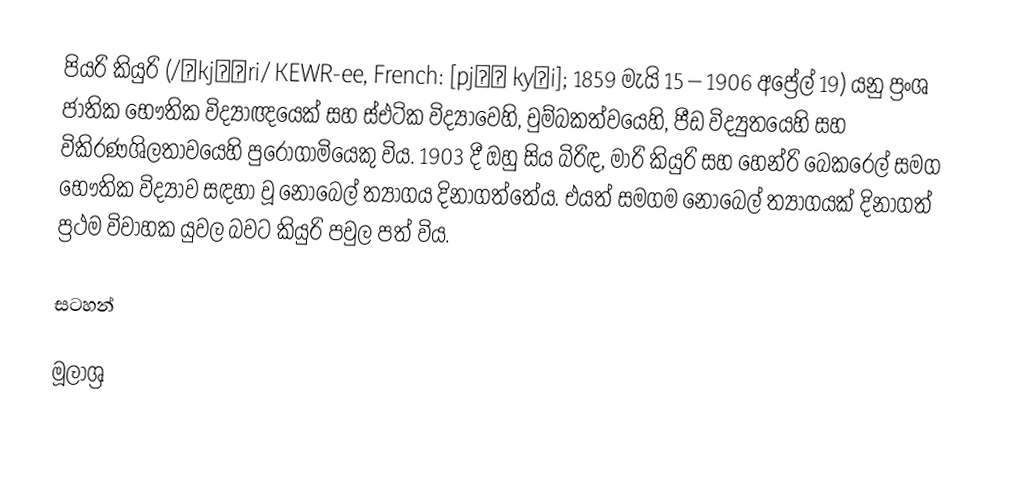
පියරි කියුරි (/ˈkjʊəri/ KEWR-ee, French: [pjɛʁ kyʁi]; 1859 මැයි 15 – 1906 අප්‍රේල් 19) යනු ප්‍රංශ ජාතික භෞතික විද්‍යාඥයෙක් සහ ස්එටික විද්‍යාවෙහි, චුම්බකත්වයෙහි, පීඩ විද්‍යුතයෙහි සහ විකිරණශිලතාවයෙහි පුරෝගාමියෙකු විය. 1903 දී ඔහු සිය බිරිඳ, මාරි කියුරි සහ හෙන්රි බෙකරෙල් සමග භෞතික විද්‍යාව සඳහා වූ නොබෙල් ත්‍යාගය දිනාගත්තේය. එයත් සමගම නොබෙල් ත්‍යාගයක් දිනාගත් ප්‍රථම විවාහක යුවල බවට කියුරි පවුල පත් විය.

සටහන්

මූලාශ්‍ර